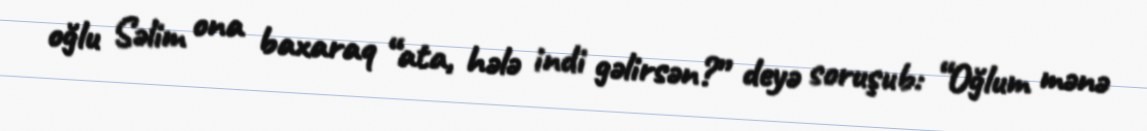
oğlu Səlim ona baxaraq “ata, hələ indi gəlirsən?” deyə soruşub: “Oğlum mənə